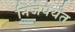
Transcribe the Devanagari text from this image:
निजेपर्यंत